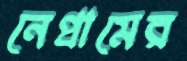
নেপ্রামের